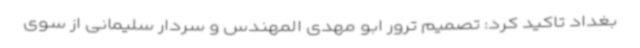
بغداد تاکید کرد: تصمیم ترور ابو مهدی المهندس و سردار سلیمانی از سوی